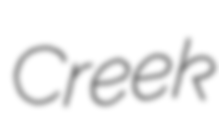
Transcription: Creek